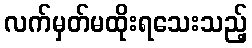
လက်မှတ်မထိုးရသေးသည့်